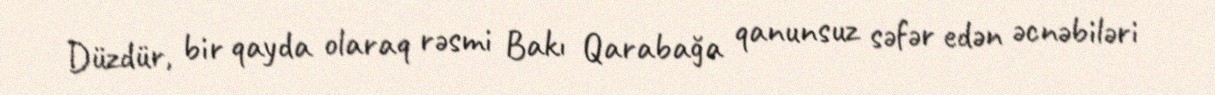
Düzdür, bir qayda olaraq rəsmi Bakı Qarabağa qanunsuz səfər edən əcnəbiləri